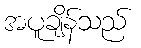
အပူချိန်သည်